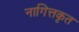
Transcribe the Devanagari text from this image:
नागित्तकृत